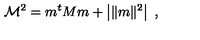
\mathcal { M } ^ { 2 } = m ^ { t } M m + \left| \| m \| ^ { 2 } \right| \ ,